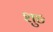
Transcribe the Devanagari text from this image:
शुङ